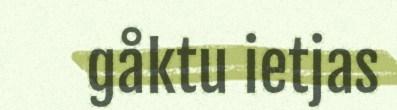
gåktu ietjas